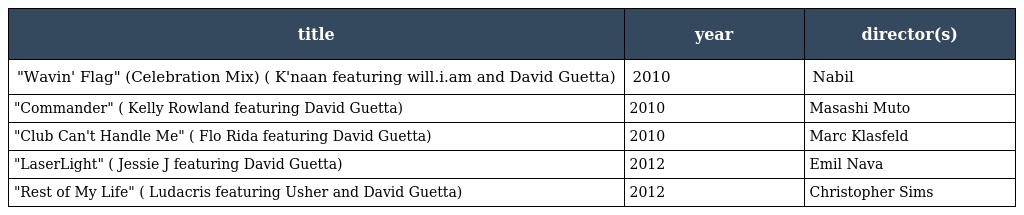
| title | year | director(s) |
 | --- | --- | --- |
 | "Wavin' Flag" (Celebration Mix) ( K'naan featuring will.i.am and David Guetta) | 2010 | Nabil |
 | "Commander" ( Kelly Rowland featuring David Guetta) | 2010 | Masashi Muto |
 | "Club Can't Handle Me" ( Flo Rida featuring David Guetta) | 2010 | Marc Klasfeld |
 | "LaserLight" ( Jessie J featuring David Guetta) | 2012 | Emil Nava |
 | "Rest of My Life" ( Ludacris featuring Usher and David Guetta) | 2012 | Christopher Sims |